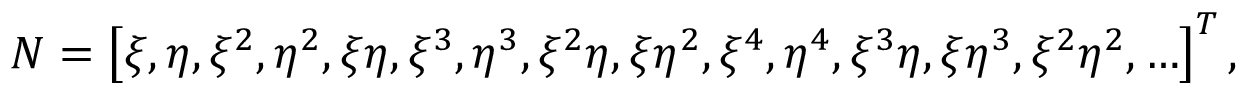
\boldsymbol { N } = \left[ \xi , \eta , \xi ^ { 2 } , \eta ^ { 2 } , \xi \eta , \xi ^ { 3 } , \eta ^ { 3 } , \xi ^ { 2 } \eta , \xi \eta ^ { 2 } , \xi ^ { 4 } , \eta ^ { 4 } , \xi ^ { 3 } \eta , \xi \eta ^ { 3 } , \xi ^ { 2 } \eta ^ { 2 } , \ldots \right] ^ { T } ,